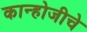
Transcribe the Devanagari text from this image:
कान्होजीचे